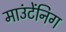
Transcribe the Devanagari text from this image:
माउंटेंनिग